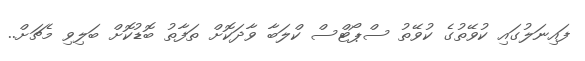
ފައިނަލުގައި ކުވޭތުގެ ކުވޭތު ސްޕޯޓްސް ކްލަބާ ވާދަކޮށް ތަފާތު ބޮޑުކޮށް ބަލިވި މެޗަށް..